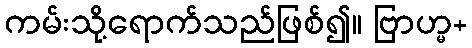
ကမ်းသို့ရောက်သည်ဖြစ်၍။ ဗြာဟ္မ+